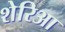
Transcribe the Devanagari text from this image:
शेरिआ